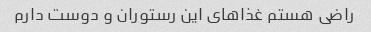
راضی هستم غذاهای این رستوران و دوست دارم